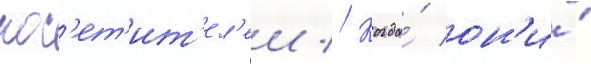
пос'ет'ит'ел'еи // Когда́ он'и́